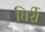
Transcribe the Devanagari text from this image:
घिर्री